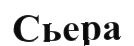
Сьера